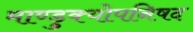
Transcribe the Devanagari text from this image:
माण्डुक्योपनिषद